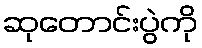
ဆုတောင်းပွဲကို